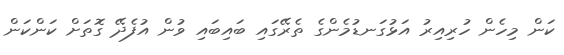
ކަން މިހެން ހުރިއިރު އަޅުގަނޑުމެންގެ ތެރޭގައި ބައިބައި ވުން އުފެދޭ ގޮތަށް ކަންކަން